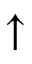
\uparrow